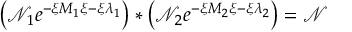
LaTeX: \left( \mathcal { N } _ { 1 } e ^ { - \xi M _ { 1 } \xi - \xi \lambda _ { 1 } } \right) * \left( \mathcal { N } _ { 2 } e ^ { - \xi M _ { 2 } \xi - \xi \lambda _ { 2 } } \right) = \mathcal { N }